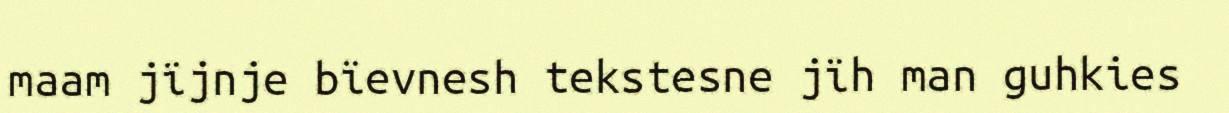
maam jïjnje bïevnesh tekstesne jïh man guhkies